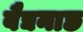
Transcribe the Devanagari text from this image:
बैद्यनाछ